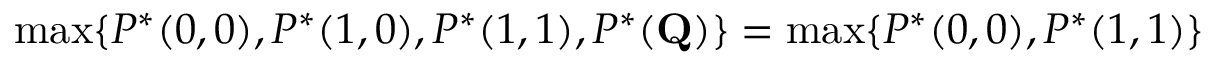
\operatorname* { m a x } \{ P ^ { * } ( 0 , 0 ) , P ^ { * } ( 1 , 0 ) , P ^ { * } ( 1 , 1 ) , P ^ { * } ( \mathbf { Q } ) \} = \operatorname* { m a x } \{ P ^ { * } ( 0 , 0 ) , P ^ { * } ( 1 , 1 ) \}